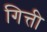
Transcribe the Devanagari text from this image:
गित्ती